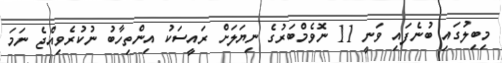
މިބިލުގައި ބުނެފައި ވަނީ 11 ނޮވެމްބަރުގެ ނިޔަލަށް ރައީސަކު އިންތިހާބު ނުކުރެވިއްޖެ ނަމަ